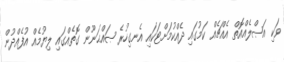
ވަކި އަޞްލެއްއޮތް އެއްޗެއް ކަމުގައި ދެއްކުމަށްޓަކައި އެނގިހުރެ ޞައްޙަނޫން ގޮތެއްގައި ލިޔުމެއް އުފެއްދުން